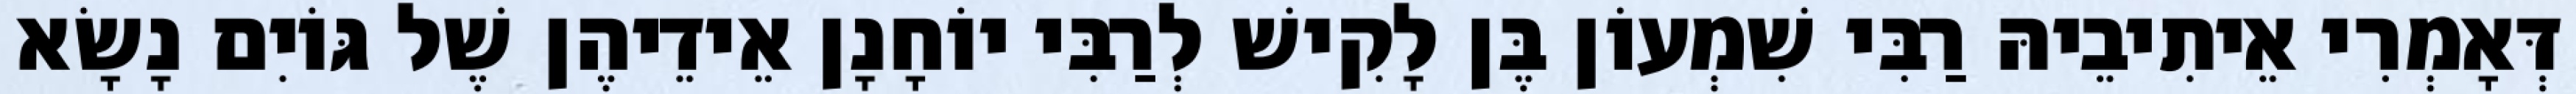
דְּאָמְרִי אֵיתִיבֵיהּ רַבִּי שִׁמְעוֹן בֶּן לָקִישׁ לְרַבִּי יוֹחָנָן אֵידֵיהֶן שֶׁל גּוֹיִם נָשָׂא